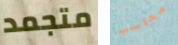
متجمد محاسب